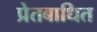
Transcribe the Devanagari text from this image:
प्रेतबाधित